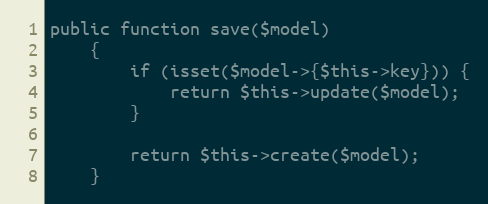
Language: PHP
public function save($model)
    {
        if (isset($model->{$this->key})) {
            return $this->update($model);
        }

        return $this->create($model);
    }